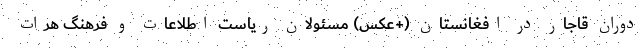
دوران قاجار در افغانستان (+عکس) مسئولان ریاست اطلاعات و فرهنگ هرات